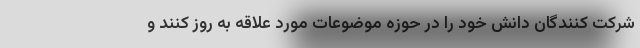
شرکت کنندگان دانش خود را در حوزه موضوعات مورد علاقه به روز کنند و